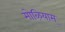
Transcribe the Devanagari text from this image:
मोऴियाम्